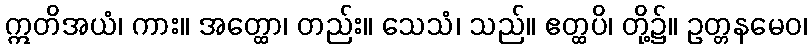
ဣတိအယံ၊ ကား။ အတ္ထော၊ တည်း။ သေသံ၊ သည်။ ဧတ္ထပိ၊ တို့၌။ ဥတ္တနမေဝ၊